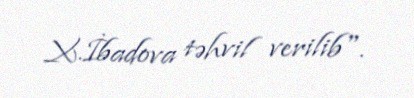
X.İbadova təhvil verilib".